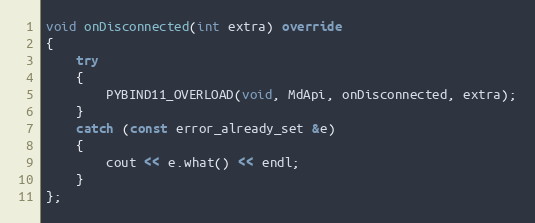
Language: C++
void onDisconnected(int extra) override
{
	try
	{
		PYBIND11_OVERLOAD(void, MdApi, onDisconnected, extra);
	}
	catch (const error_already_set &e)
	{
		cout << e.what() << endl;
	}
};